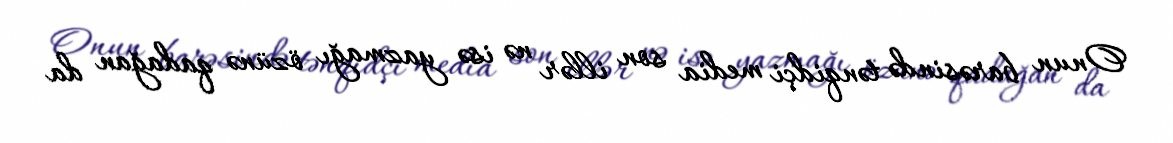
Onun barəsində tənqidçi media son illər nə isə yazmağı özünə qadağan da